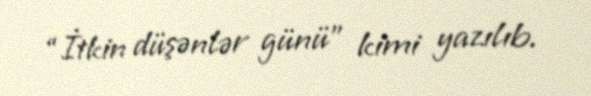
“İtkin düşənlər günü” kimi yazılıb.